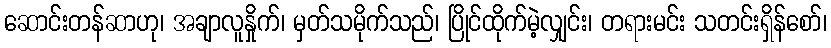
ဆောင်းတန်ဆာဟု၊ အချာလူနှိုက်၊ မှတ်သမိုက်သည်၊ ပြိုင်ထိုက်မဲ့လျှင်း၊ တရားမင်း သတင်းရှိန်စော်၊